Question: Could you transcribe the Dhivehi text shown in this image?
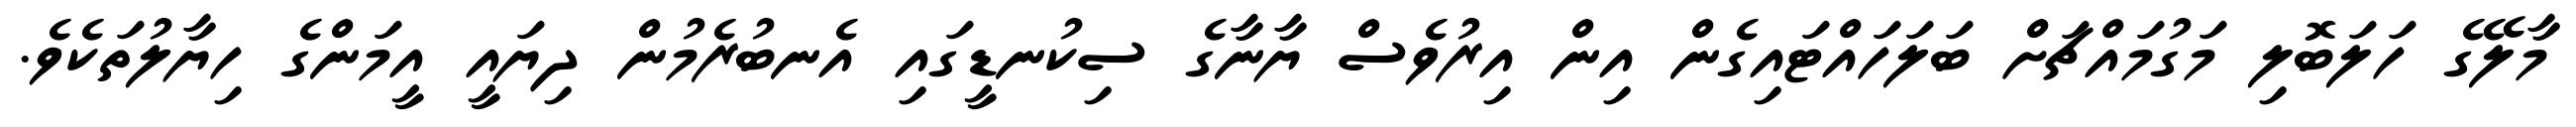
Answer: މާލޭގެ ހަލަބޮލި މަގުމައްޗަށް ބަލަހައްޓައިގެން އިން އިރުވެސް ޔާނާގެ ސިކުނޑީގައި އެނބުރެމުން ދިޔައީ އީމަންގެ ހިޔާލުތަކެވެ.